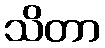
သိတာ